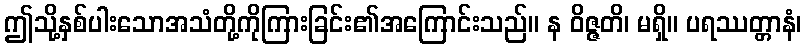
ဤသို့နှစ်ပါးသောအသံတို့ကိုကြားခြင်း၏အကြောင်းသည်။ န ဝိဇ္ဇတိ၊ မရှိ။ ပရဿတ္တာနံ၊